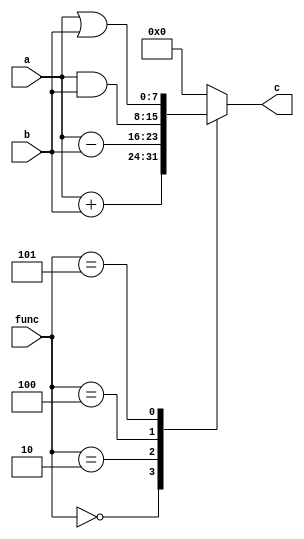

module alu(
    input[7:0] a,
    input[7:0] b,
	 input[2:0] func,
    output reg[7:0] c
    );
	always@(*)
	begin
		case (func)
			3'd0: c=a+b;
			3'd2: c=a-b;
			3'd4: c=a&b;
			3'd5: c=a|b;
			default: c=0;
		endcase
	end

endmodule